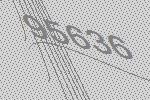
95636